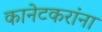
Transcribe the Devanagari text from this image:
कानेटकरांना